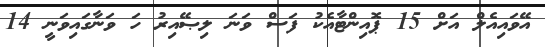
އޭވައިއެލް އަށް 15 ޕޮއިންޓާއެކު ފަސް ވަނަ ލިޞޭއިރު ހަ ވަނާގައިވަނީ 14